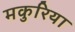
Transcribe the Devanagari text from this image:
मकुरिया